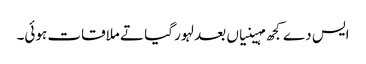
ایس دے کجھ مہینیاں بعد لہور گیا تے ملاقات ہوئی۔